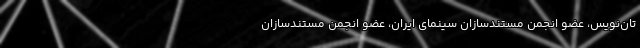
تان‌نویس، عضو انجمن مستندسازان سینمای ایران، عضو انجمن مستندسازان